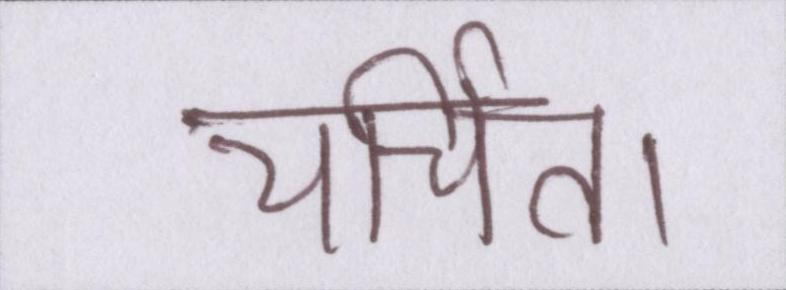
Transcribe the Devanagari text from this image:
चर्चित।